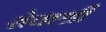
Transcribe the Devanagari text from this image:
सेवाश्री